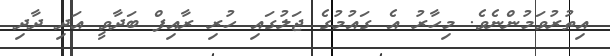
އިތުރުވަމުންނެވެ. މިހާރު އެ ގައުމުގެ ޖަލުގައި ހުރި ރާއިފް ބަދާވީ އަދި ދާދި